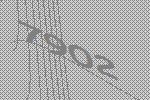
7902